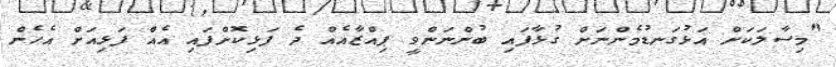
"މިސާލަކަށް އަޅުގަނޑުމެންނަށް ގުޅާފައި ބުންނަންވީ ޕިއްޒާއެއް ދެ ފަޅިކޮށްފައި އެއް ފަޅިއަށް އެހެން